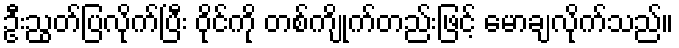
ဦးညွတ်ပြလိုက်ပြီး ဝိုင်ကို တစ်ကျိုက်တည်းဖြင့် မောချလိုက်သည်။